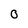
Character: 0